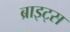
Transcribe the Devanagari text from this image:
ब्राइट्स